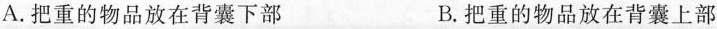
A.把重的物品放在背囊下部 B.把重的物品放在背囊上部